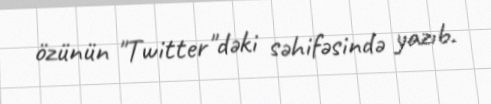
özünün "Twitter"dəki səhifəsində yazıb.